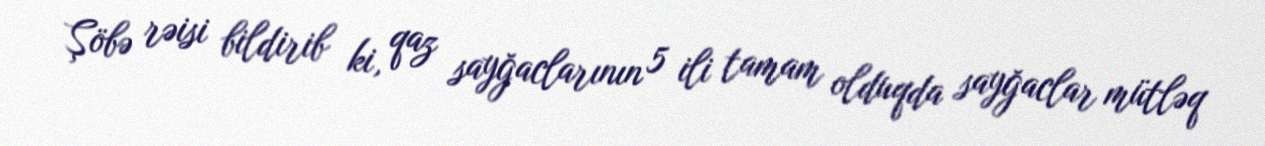
Şöbə rəisi bildirib ki, qaz sayğaclarının 5 ili tamam olduqda sayğaclar mütləq